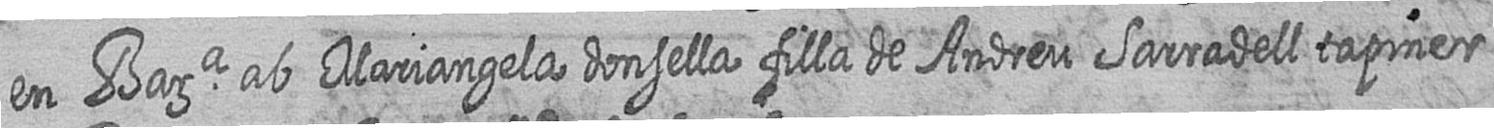
en Bara ab Mariangela donsella filla de Andreu Sarradell tapiner